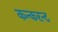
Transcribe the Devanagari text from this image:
कन्करन्ट